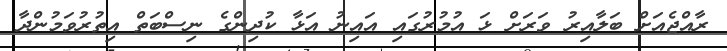
ރާއްޖެއަށް ބަލާއިރު ވަރަށް ޅަ އުމުރުގައި އައިނު އަޅާ ކުދިންގެ ނިސްބަތް އިތުރުވަމުންދާ